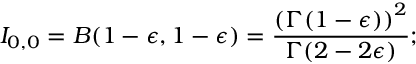
I _ { 0 , 0 } = B ( 1 - \epsilon , 1 - \epsilon ) = { \frac { \left( { \Gamma ( 1 - \epsilon ) } \right) ^ { 2 } } { \Gamma ( 2 - 2 \epsilon ) } } ;